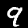
Digit: 9